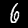
Digit: 6